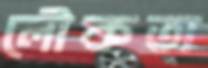
লৌকতা